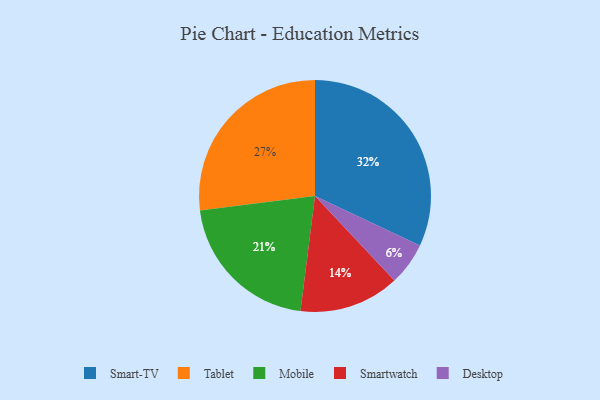
{"axis": {"x": "Category", "y": "Percentage"}, "legend": ["Desktop", "Mobile", "Smart-TV", "Smartwatch", "Tablet"], "data": [{"x": "Smart-TV", "y": 32, "type": "Smart-TV"}, {"x": "Desktop", "y": 6, "type": "Desktop"}, {"x": "Mobile", "y": 21, "type": "Mobile"}, {"x": "Tablet", "y": 27, "type": "Tablet"}, {"x": "Smartwatch", "y": 14, "type": "Smartwatch"}]}